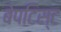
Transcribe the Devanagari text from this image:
बेपटिस्ट